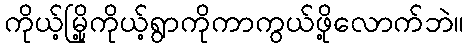
ကိုယ့်မြို့ကိုယ့်ရွာကိုကာကွယ်ဖို့လောက်ဘဲ။